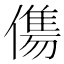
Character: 𬿶